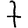
Digit: 7